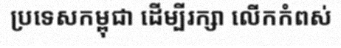
ប្រទេសកម្ពុជា ដើម្បីរក្សា លើកកំពស់